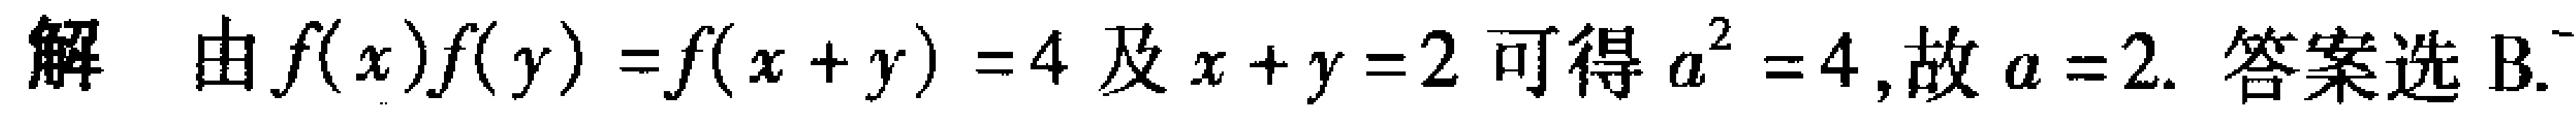
解 由\(f(x)f(y)=f(x + y)=4\)及\(x + y = 2\)可得\(a^{2}=4\)，故\(a = 2\). 答案选B.